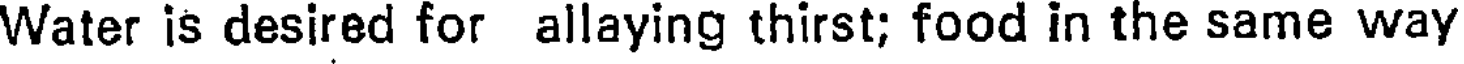
Water is desired for allaying thirst; food in the same way